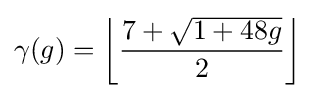
\gamma (g)=\left\lfloor {\frac {7+{\sqrt {1+48g}}}{2}}\right\rfloor